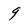
Character: 9